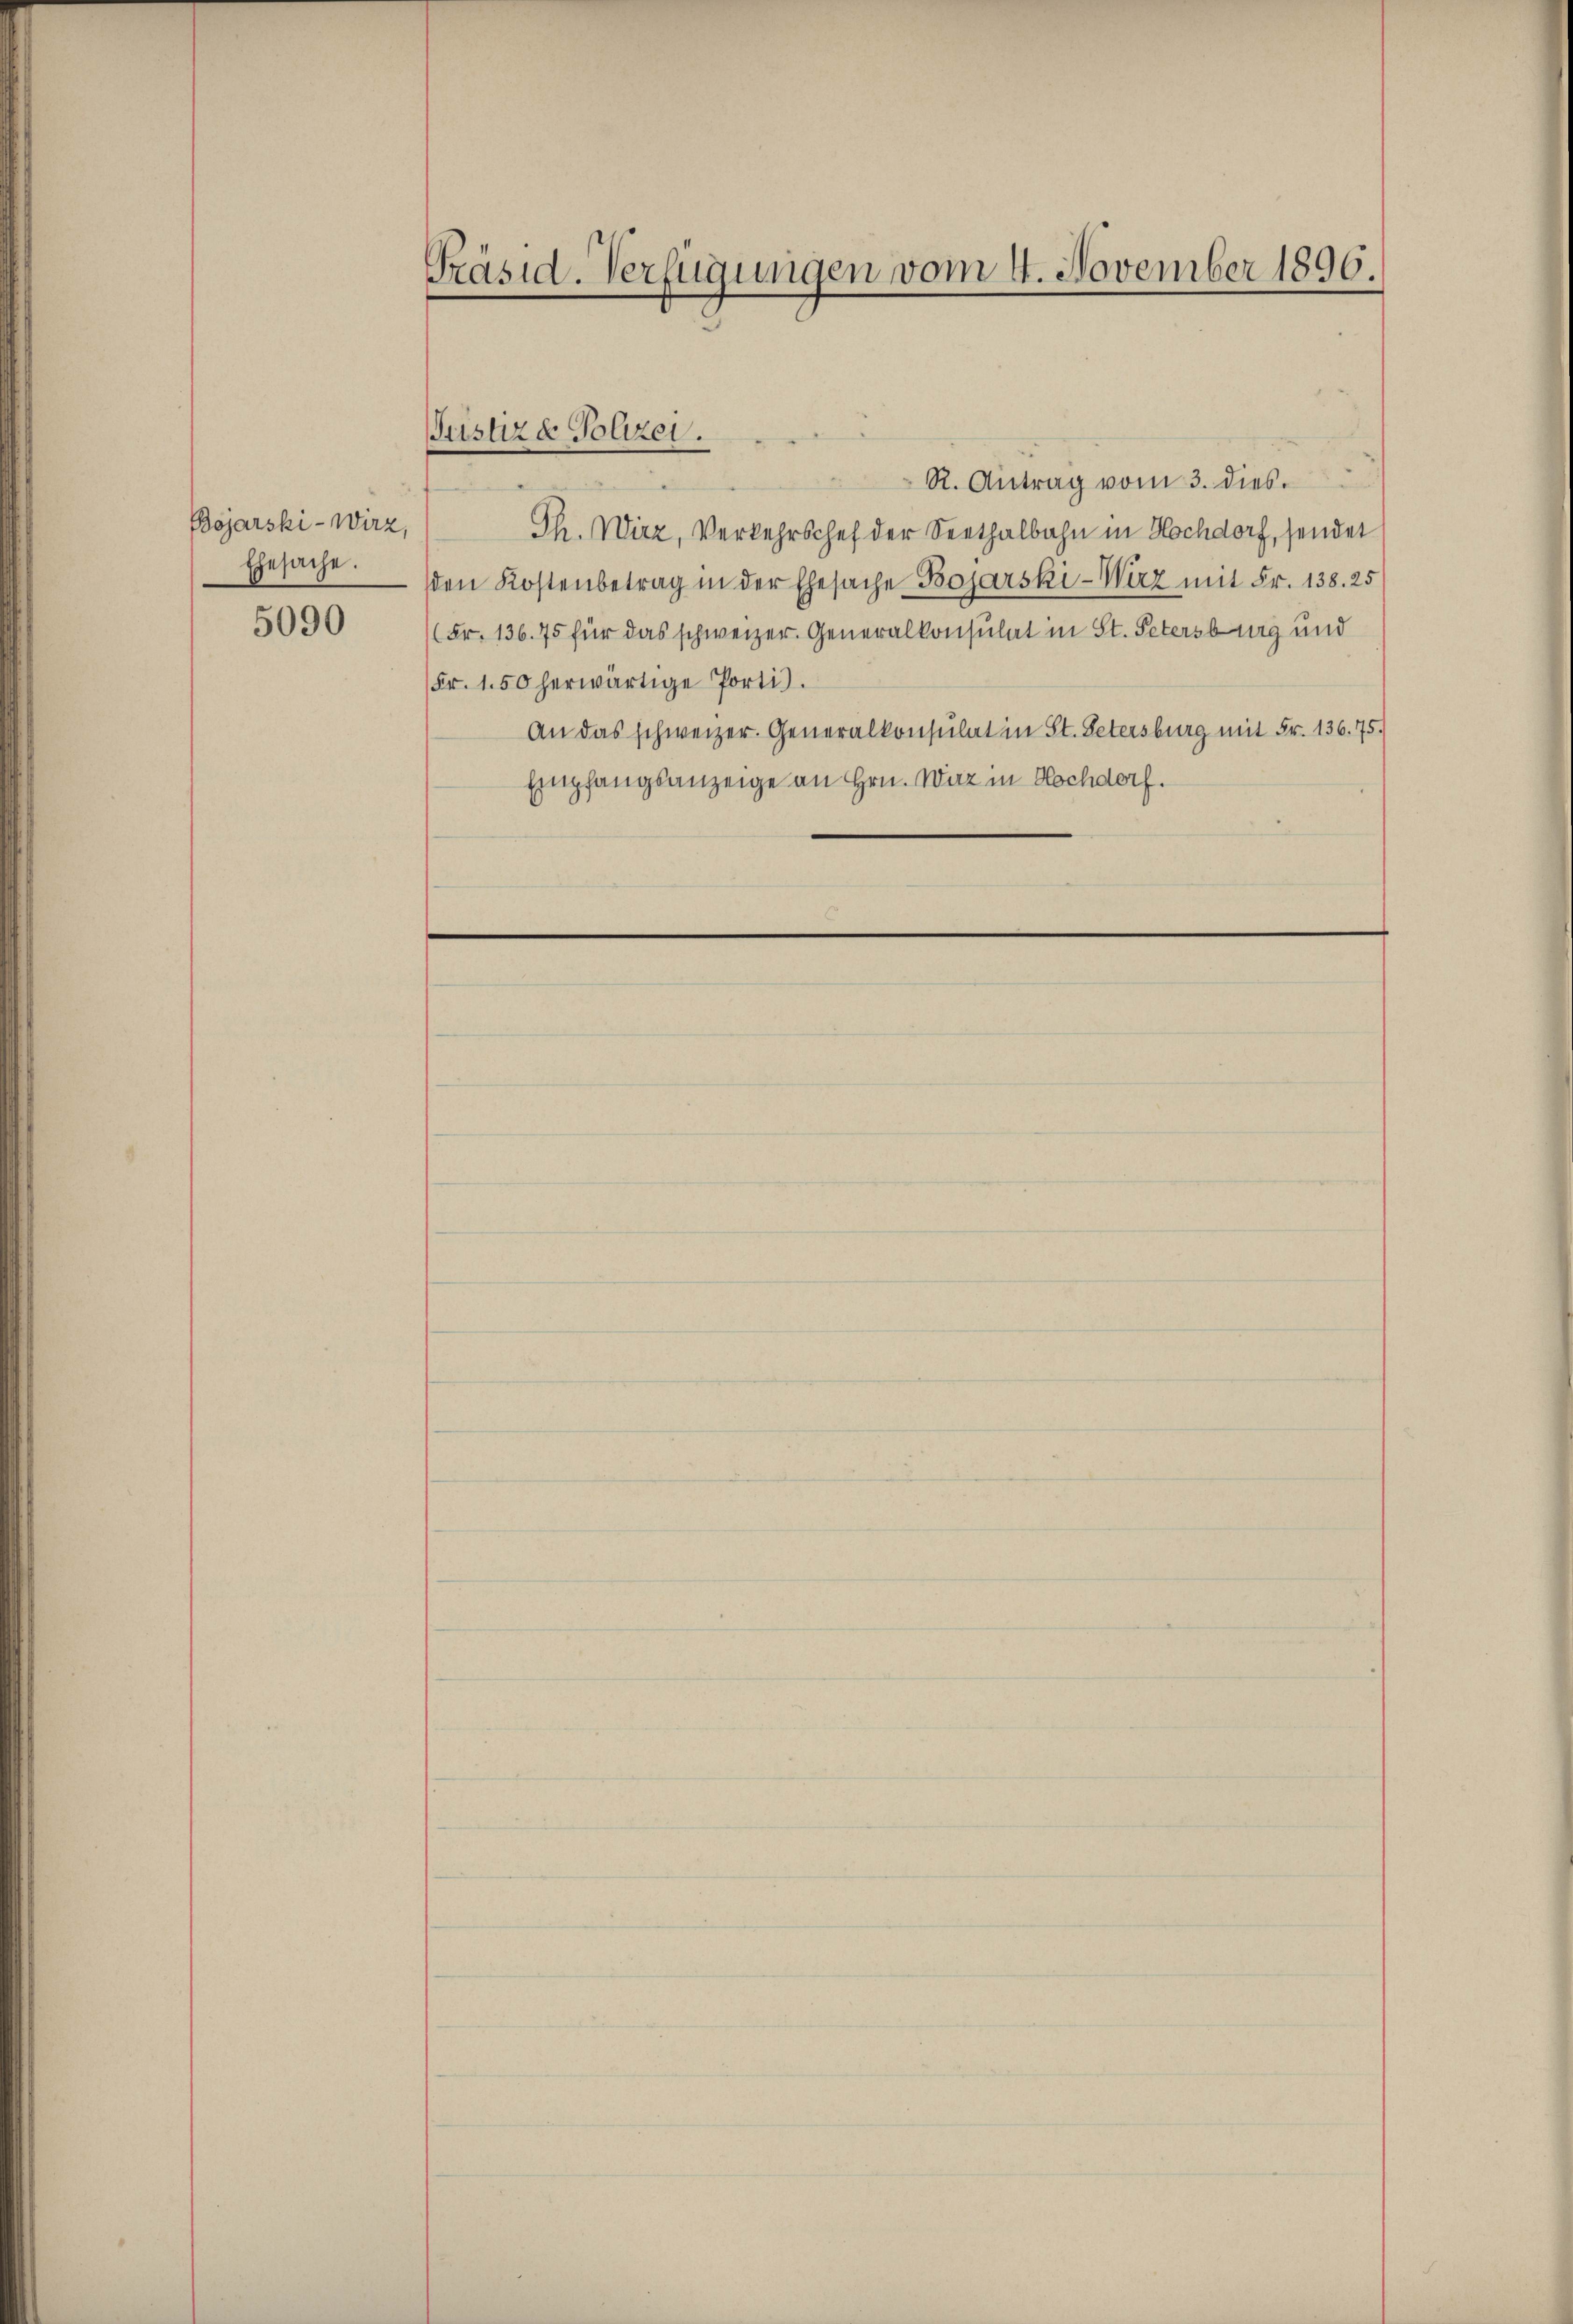
Bojarski-Wirz,
Ehesache.

5090

Präsid. Verfügungen vom 4. November 1896.

Justiz & Polizei.

R. Antrag vom 3. dies.
Th. Wirz, Verkehrschef der Seethalbahn in Hochdorf, sendet
den Kostenbetrag in der Ehesache Bojarski-Wirz mit Fr. 138. 25
(Fr. 136. 75 für das schweizer. Generalkonsulat in St. Petersburg und
Fr. 1.50 herwärtige Portis.
An das schweizer. Generalkonsulat in St. Petersburg mit Fr. 136. 75.
Empfangsanzeige an Hrn. Wirz in Hochdorf.